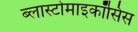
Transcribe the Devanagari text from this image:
ब्लास्टोमाइकॉसिस